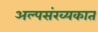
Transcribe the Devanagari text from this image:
अल्पसंख्यकात